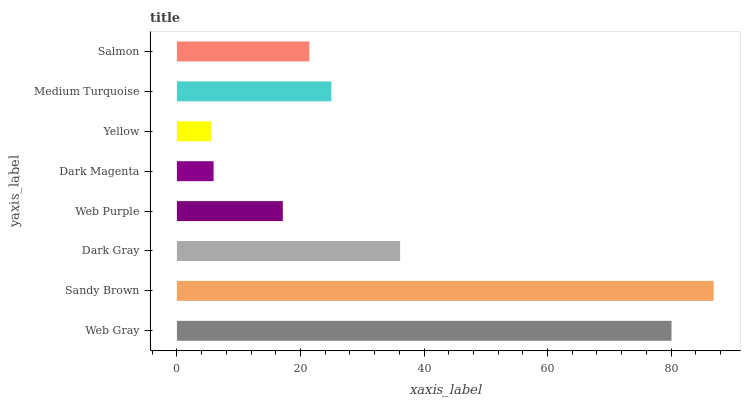
| yaxis_label | bars |
 | --- | --- |
 | Web Gray | 80.1 |
 | Sandy Brown | 86.9 |
 | Dark Gray | 36.1 |
 | Web Purple | 17.1 |
 | Dark Magenta | 5.94 |
 | Yellow | 5.57 |
 | Medium Turquoise | 25 |
 | Salmon | 21.4 |